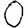
Digit: 0